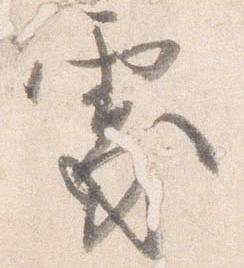
処